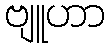
ဗျူဟာ